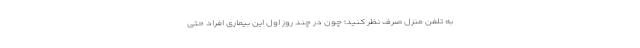
به تلفن منزل صرف نظر کنید؛ چون در چند روز اول این بیماری افراد حتی